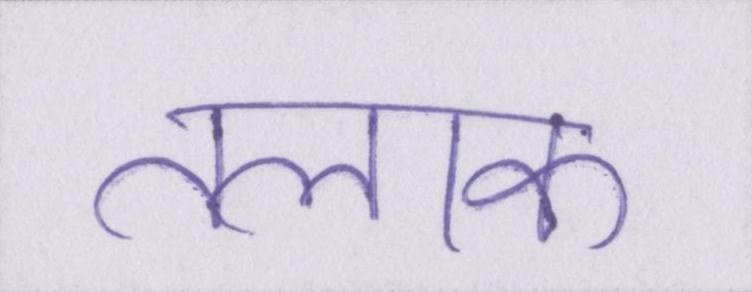
तलाक